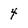
Character: 4